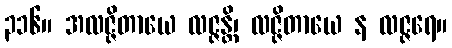
၃၁၆။ အလဇ္ဇိတာယေ လဇ္ဇန္တိ၊ လဇ္ဇိတာယေ န လဇ္ဇရေ။